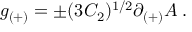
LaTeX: g _ { ( + ) } = \pm ( 3 C _ { 2 } ) ^ { 1 / 2 } \partial _ { ( + ) } A \; .